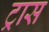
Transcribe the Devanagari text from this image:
ट्रास